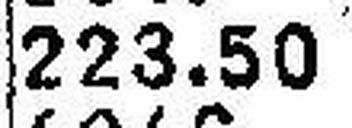
223.50